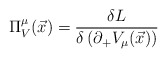
\begin{align*}\Pi^\mu_V({\vec x}) = \frac{\delta { L}}{\delta\left(\partial_+V_\mu (\vec{x}) \right)}\end{align*}